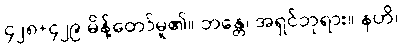
၄၂၈+၄၂၉ မိန့်တော်မူ၏။ ဘန္တေ၊ အရှင်ဘုရား။ နဟိ၊